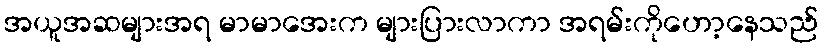
အယူအဆများအရ မာမာအေးက များပြားလာကာ အရမ်းကိုဟော့နေသည်